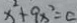
x ^ { 2 } + 9 x ^ { 2 } = c